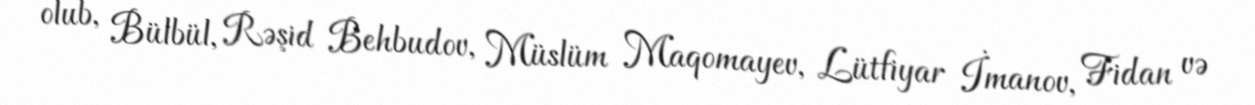
olub, Bülbül, Rəşid Behbudov, Müslüm Maqomayev, Lütfiyar İmanov, Fidan və